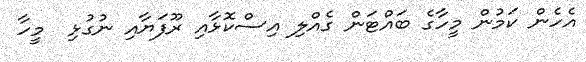
އެހެން ކަމުން މީހާގެ ބައްޓަން ގެއްލި އިސްކޮޅާއި ރޫފަޔާއި ނުގުޅި  މީހާ